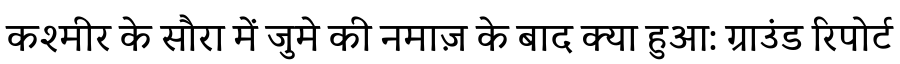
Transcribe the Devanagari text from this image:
कश्मीर के सौरा में जुमे की नमाज़ के बाद क्या हुआ: ग्राउंड रिपोर्ट